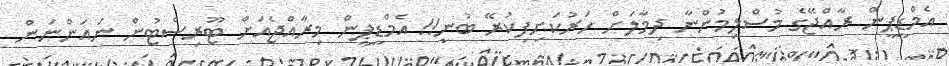
އެމްޑީޕީން ރާއްޖޭގެ މުސްލިމުންނާ ދިމާލަށް ހަރުކަށިފިކުރޭ ބުނީ!! އެމްޑީޕީން މިރާއްޖެއަށް ޓޫރިސްޓުން ނައަންނަން